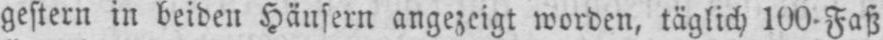
gestern in beiden Häusern angezeigt worden, täglich l00-Faß